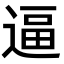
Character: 逼